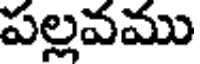
పల్లవము